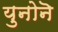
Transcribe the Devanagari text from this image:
युनोनॆ